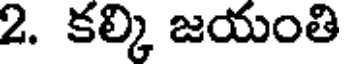
2. కల్కి జయంతి